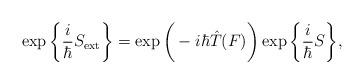
LaTeX: \begin{align*}\exp\bigg\{\frac{i}{\hbar}S_{\rm ext}\bigg\}=\exp\bigg(-i\hbar \hat{T}(F)\bigg)\exp\bigg\{\frac{i}{\hbar}S\bigg\},\end{align*}